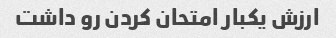
ارزش یکبار امتحان کردن رو داشت